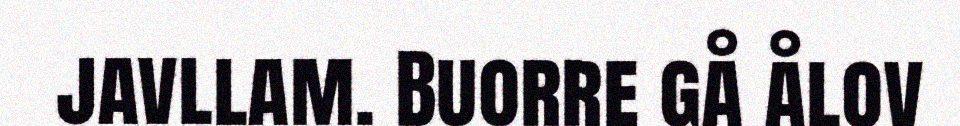
javllam. Buorre gå ålov